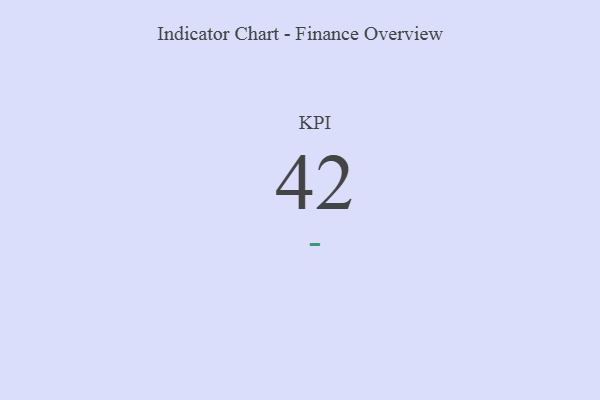
{"axis": {"x": "KPI", "y": "Value"}, "legend": [""], "data": [{"x": "KPI", "y": 42, "type": ""}]}